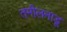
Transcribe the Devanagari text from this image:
तमीलनाडू